Lunatic asylums Madras 1892-1911 - 1892-1911
Year: 1892
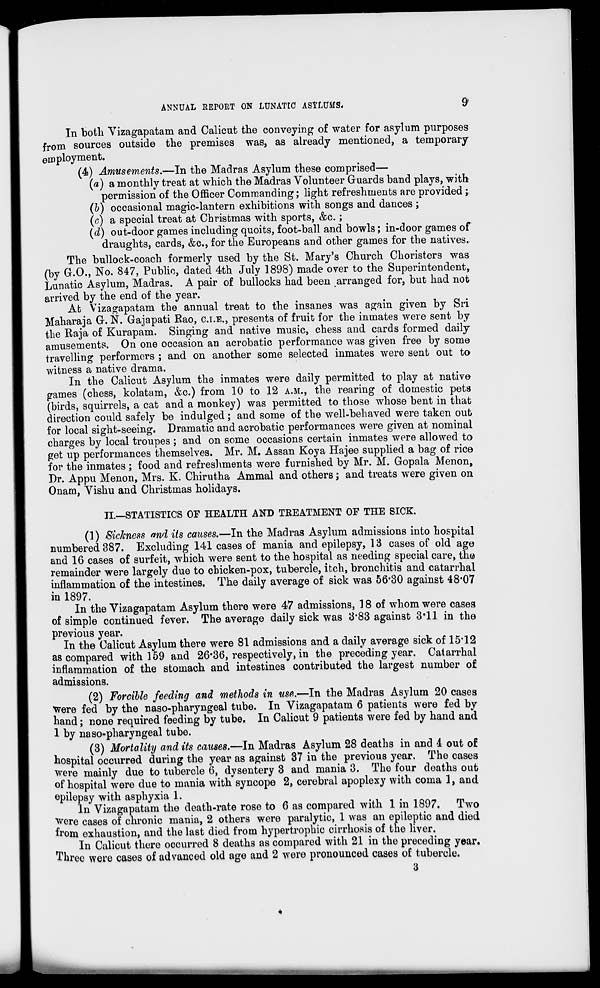
ANNUAL REPOET ON LUNATIC ASfLUMS.
9
In both Vizagapatam and Calicut the conveying of water for asylum purposes
from sources outside the premises was, as already mentioned, a temporary
employment.
(4) Amusements.—In the Madras Asylum these comprised—
(a) a monthly treat at which the Madras Volunteer Guards band plays, with
permission of the Officer Commanding; light refreshments are provided ;
(b) occasional magic-lantern exhibitions with songs and dances ;
(c) a special treat at Christmas with sports, &c. ;
(d) out-door games including quoits, foot-ball and bowls; in-door games of
draughts, cards, &c, for the Europeans and other games for the natives.
The bullock-coach formerly used by the St. Mary's Church Choristers was
(by G.O., No. 847, Public, dated 4th July 1898) made over to the Superintendent,
Lunatic Asylum, Madras. A pair of bullocks had been arranged for, but had not
arrived by the end of the year.
At Vizagapatam the annual treat to the insanes was again given by Sri
Maharaja G-. N. Gajapati Rao, C.I.E., presents of fruit for the inmates were sent by
the Raja of Kurapam. Singing and native music, chess and cards formed daily
amusements. On one occasion an acrobatic performance was given free by some
travelling performers ; and on another some selected inmates were sent out to
witness a native drama.
In the Calicut Asylum the inmates were daily permitted to play at native
games (chess, kolatam, &c.) from 10 to 12 A.M., the rearing of domestic pets
(birds, squirrels, a cat and a monkey) was permitted to those whose bent in that
direction could safely be indulged ; and some of the well-behaved were taken out
for local sight-seeing. Dramatic and acrobatic performances were given at nominal
charges by local troupes ; and on some occasions certain inmates were allowed to
get up performances themselves. Mr. M. Assan Koya Hajee supplied a bag of rice
for the inmates ; food and refreshments were furnished by Mr. M. Gopala Menon,
Dr. Appu Menon, Mrs. K. Chirutha Ammal and others; and treats were given on
Onam, Yishu and Christmas holidays.
n.—STATISTICS OF HEALTH AND TREATMENT OF THE SICK.
(1) Sickness and its causes.—In the Madras Asylum admissions into hospital
numbered 387. Excluding 141 cases of mania and epilepsy, 13 cases of old age
and 16 cases of surfeit, which were sent to the hospital as needing special care, the
remainder were largely due to chicken-pox, tubercle, itch, bronchitis and catarrhal
inflammation of the intestines. The daily average of sick was 56*30 against 48*07
in 1897.
In the Vizagapatam Asylum there were 47 admissions, 18 of whom were cases
of simple continued fever. The average daily sick was 3*83 against 3*11 in the
previous year.
In the Calicut Asylum there were 81 admissions and a daily average sick of 15*12
as compared with 159 and 26*36, respectively, in the preceding year. Catarrhal
inflammation of the stomach and intestines contributed the largest number of
admissions.
(2) Forcible feeding and methods in use.—In the Madras Asylum 20 cases
were fed by the naso-pharyngeal tube. In Vizagapatam 6 patients were fed by
hand; none required feeding by tube. In Calicut 9 patients were fed by hand and
1 by naso-pharyngeal tube.
(3) Mortality and its causes.—In Madras Asylum 28 deaths in and 4 out of
hospital occurred during the year as against 37 in the previous year. The cases
were mainly due to tubercle 6, dysentery 3 and mania 3. The four deaths out
of hospital were due to mania with syncope 2, cerebral apoplexy with coma 1, and
epilepsy with asphyxia 1.
In Vizagapatam the death-rate rose to 6 as compared with 1 in 1897. Two
were cases of chronic mania, 2 others were paralytic, 1 was an epileptic and died
from exhaustion, and the last died from hypertrophic cirrhosis of the liver.
In Calicut there occurred 8 deaths as compared with 21 in the preceding year.
Three were cases of advanced old age and 2 were pronounced cases of tubercle.
3